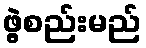
ဖွဲ့စည်းမည်